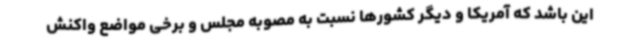
این باشد که آمریکا و دیگر کشورها نسبت به مصوبه مجلس و برخی مواضع واکنش